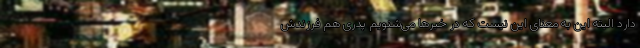
دارد البته این به معنای این نیست که در خبرها می‌شنویم پدری هم فرزندش